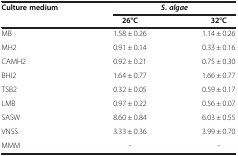
<table><thead><tr><td rowspan="2"><b>Culture medium</b></td><td colspan="2"><b><i>S</i>. <i>algae</i></b></td></tr><tr><td><b>26°C</b></td><td><b>32°C</b></td></tr></thead><tbody><tr><td>MB</td><td>1.58 ± 0.26</td><td>1.14 ± 0.26</td></tr><tr><td>MH2</td><td>0.91 ± 0.14</td><td>0.33 ± 0.16</td></tr><tr><td>CAMH2</td><td>0.92 ± 0.21</td><td>0.75 ± 0.30</td></tr><tr><td>BHI2</td><td>1.64 ± 0.77</td><td>1.66 ± 0.77</td></tr><tr><td>TSB2</td><td>0.32 ± 0.05</td><td>0.59 ± 0.17</td></tr><tr><td>LMB</td><td>0.97 ± 0.22</td><td>0.56 ± 0.07</td></tr><tr><td>SASW</td><td>8.60 ± 0.84</td><td>6.03 ± 0.55</td></tr><tr><td>VNSS</td><td>3.33 ± 0.36</td><td>3.99 ± 0.70</td></tr><tr><td>MMM</td><td>-</td><td>-</td></tr></tbody></table>